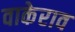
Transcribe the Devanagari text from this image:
वाकेराव